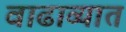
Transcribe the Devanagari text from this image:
वाढाव्यात